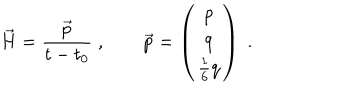
LaTeX: \vec { H } = \frac { \vec { p } } { t - t _ { 0 } } \; , \qquad \vec { p } = \left( \begin{array} { c } { { p } } \\ { { q } } \\ { { \frac { 1 } { 6 } q } } \\ \end{array} \right) \; .